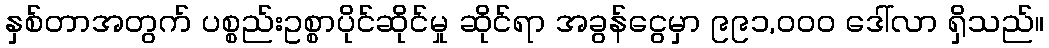
နှစ်တာအတွက် ပစ္စည်းဥစ္စာပိုင်ဆိုင်မှု ဆိုင်ရာ အခွန်ငွေမှာ ၉၉၁,၀၀၀ ဒေါ်လာ ရှိသည်။